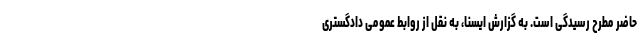
حاضر مطرح رسیدگی است. به گزارش ایسنا، به نقل از روابط عمومی دادگستری